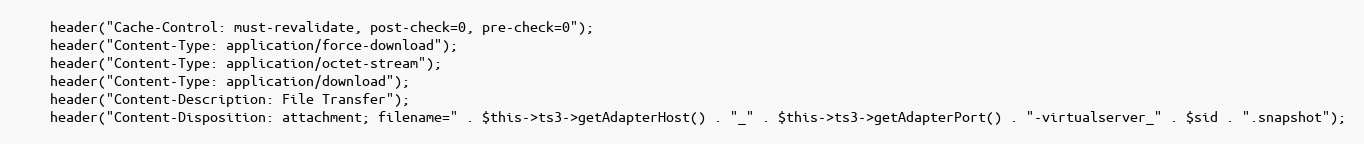
Language: PHP
    header("Cache-Control: must-revalidate, post-check=0, pre-check=0");
    header("Content-Type: application/force-download");
    header("Content-Type: application/octet-stream");
    header("Content-Type: application/download");
    header("Content-Description: File Transfer");
    header("Content-Disposition: attachment; filename=" . $this->ts3->getAdapterHost() . "_" . $this->ts3->getAdapterPort() . "-virtualserver_" . $sid . ".snapshot");